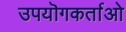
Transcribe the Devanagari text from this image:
उपयॊगकर्ताओ